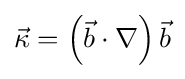
{\vec {\kappa }}=\left({\vec {b}}\cdot \nabla \right){\vec {b}}